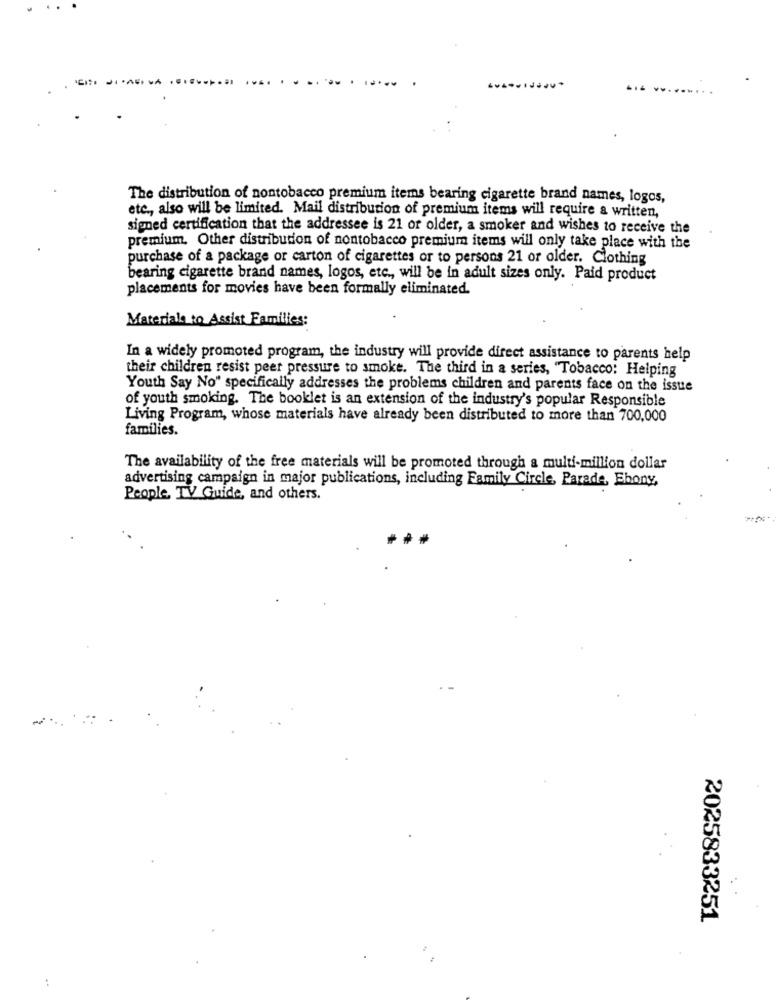
... ....
The distribution of nontobacco premium items bearing cigarette brand names, logos,
etc ., also will be limited. Mail distribution of premium items will require a written,
signed certification that the addressee is 21 or older, a smoker and wishes to receive the
premium. Other distribution of nontobacco premium items will only take place with the
purchase of a package or carton of cigarettes or to persons 21 or older. Clothing
bearing cigarette brand names, logos, etc ., will be in adult sizes only. Paid product
placements for movies have been formally eliminated.
Materiale to Assist Families:
In a widely promoted program, the industry will provide direct assistance to parents help
their children resist peer pressure to smoke. The third in a series, "Tobacco: Helping
Youth Say No" specifically addresses the problems children and parents face on the issue
of youth smoking. The booklet is an extension of the industry's popular Responsible
Living Program, whose materials have already been distributed to more than 700,000
families.
The availability of the free materials will be promoted through a multi-million dollar
advertising campaign in major publications, including Family Circle, Parade, Ebony,
People, TV Guide, and others.
2025833251